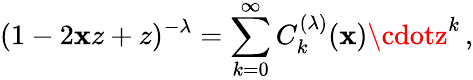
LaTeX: (1-2\mathbf{x}z+z)^{-\lambda}=\sum_{k=0}^{\infty}C_{k}^{(\lambda)}(\mathbf{x})\cdotz^{k}\, ,